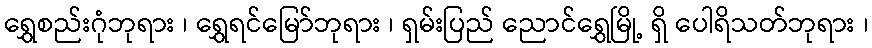
ရွှေစည်းဂုံဘုရား ၊ ရွှေရင်မြော်ဘုရား ၊ ရှမ်းပြည် ညောင်ရွှေမြို့ ရှိ ပေါရိသတ်ဘုရား ၊